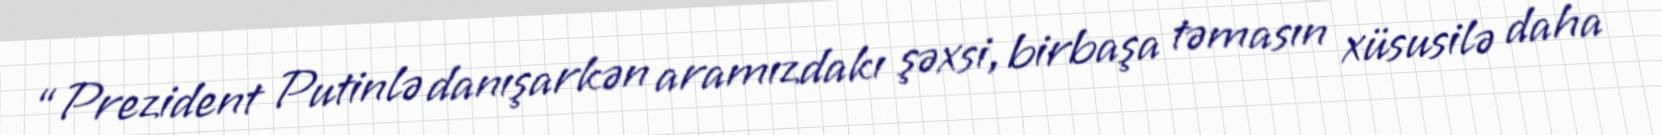
“Prezident Putinlə danışarkən aramızdakı şəxsi, birbaşa təmasın xüsusilə daha